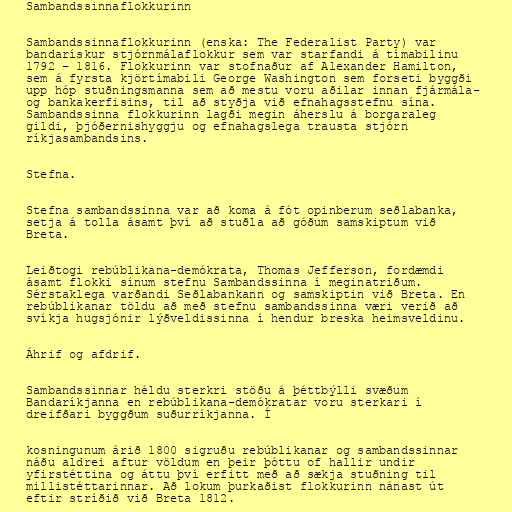
Sambandssinnaflokkurinn

Sambandssinnaflokkurinn (enska: The Federalist Party) var
bandarískur stjórnmálaflokkur sem var starfandi á tímabilinu
1792 – 1816. Flokkurinn var stofnaður af Alexander Hamilton,
sem á fyrsta kjörtímabili George Washington sem forseti byggði
upp hóp stuðningsmanna sem að mestu voru aðilar innan fjármála-
og bankakerfisins, til að styðja við efnahagsstefnu sína.
Sambandssinna flokkurinn lagði megin áherslu á borgaraleg
gildi, þjóðernishyggju og efnahagslega trausta stjórn
ríkjasambandsins.

Stefna.

Stefna sambandssinna var að koma á fót opinberum seðlabanka,
setja á tolla ásamt því að stuðla að góðum samskiptum við
Breta.

Leiðtogi rebúblikana-demókrata, Thomas Jefferson, fordæmdi
ásamt flokki sínum stefnu Sambandssinna í meginatriðum.
Sérstaklega varðandi Seðlabankann og samskiptin við Breta. En
rebúblikanar töldu að með stefnu sambandssinna væri verið að
svíkja hugsjónir lýðveldissinna í hendur breska heimsveldinu.

Áhrif og afdrif.

Sambandssinnar héldu sterkri stöðu á þéttbýlli svæðum
Bandaríkjanna en rebúblikana-demókratar voru sterkari í
dreifðari byggðum suðurríkjanna. Í

kosningunum árið 1800 sigruðu rebúblikanar og sambandssinnar
náðu aldrei aftur völdum en þeir þóttu of hallir undir
yfirstéttina og áttu því erfitt með að sækja stuðning til
millistéttarinnar. Að lokum þurkaðist flokkurinn nánast út
eftir stríðið við Breta 1812.